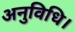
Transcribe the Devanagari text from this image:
अनुविधि।